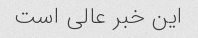
این خبر عالی است